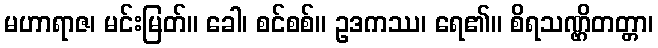
မဟာရာဇ၊ မင်းမြတ်။ ခေါ၊ စင်စစ်။ ဥဒကဿ၊ ရေ၏။ စိရသဏ္ဌိတတ္တာ၊